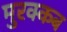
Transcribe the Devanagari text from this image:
मुरक्कब